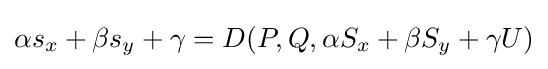
\alpha s_{x}+\beta s_{y}+\gamma =D(P,Q,\alpha S_{x}+\beta S_{y}+\gamma U)